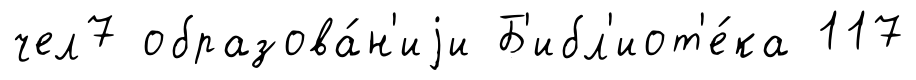
чел7 образова́н'иjи Б'ибл'иот'е́ка 117